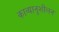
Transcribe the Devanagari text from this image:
काव्यानुशीलन